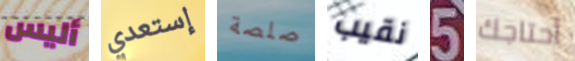
أليس إستعدي صلصة نقيب 5 أحتاجك